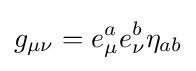
g_{\mu \nu }=e_{\mu }^{a}e_{\nu }^{b}\eta _{ab}